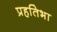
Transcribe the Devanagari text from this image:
प्रहतिभा